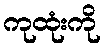
ကုထုံးကို